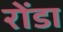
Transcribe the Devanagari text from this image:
रोंडा